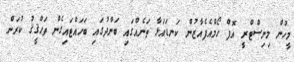
މީހުން މިނިސްޓްރީ އޮފް ހޯމްއެފެއާޒުން ކަނޑައަޅާ ތަނެއްގައި ބަންދުގައި ބަހައްޓައިގެން ތަޙްޤީޤު ކުރަން